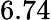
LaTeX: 6.74